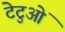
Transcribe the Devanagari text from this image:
टेटुओं